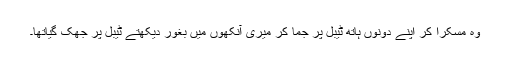
وہ مسکرا کر اپنے دونوں ہاتھ ٹیبل پر جما کر میری آنکھوں میں بغور دیکھتے ٹیبل پر جھک گیاتھا۔